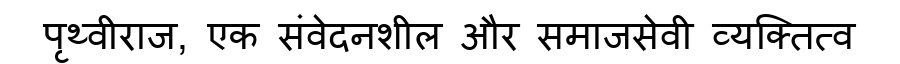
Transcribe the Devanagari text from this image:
पृथ्वीराज, एक संवेदनशील और समाजसेवी व्यक्तित्व